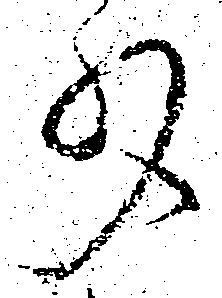
少